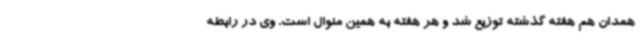
همدان هم هفته گذشته توزیع شد و هر هفته به همین منوال است. وی در رابطه